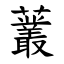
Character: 䕺